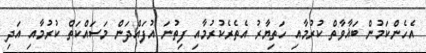
އެހެންކަމުން ބަޣާވާތް ކުރުމާއި ހަތިޔާރު އެތެރެކުރުމާއި ފިތުނަ އުފައްދަން މަސައްކަތް ކުރުމާއި އަދި